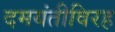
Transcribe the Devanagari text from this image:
दमयंतीविरह